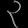
Digit: ၃